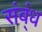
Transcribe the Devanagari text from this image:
संब्ंध